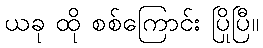
ယခု ထို စစ်ကြောင်း ပြိုပြီ။